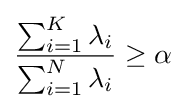
{\frac {\sum _{i=1}^{K}\lambda _{i}}{\sum _{i=1}^{N}\lambda _{i}}}\geq \alpha